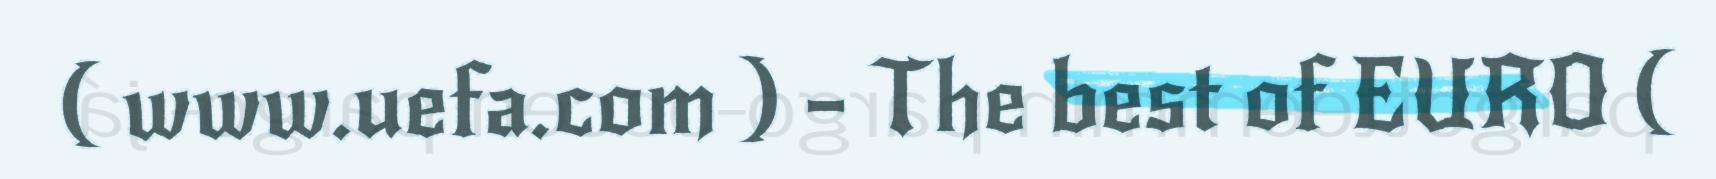
( www.uefa.com ) – The best of EURO (